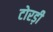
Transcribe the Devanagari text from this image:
टोरड़ी